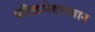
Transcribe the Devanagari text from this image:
परिक्रमेदरम्यान